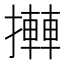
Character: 𢷦